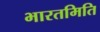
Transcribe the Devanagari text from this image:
भारतमिति